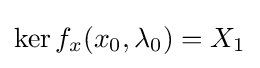
\ker f_{x}(x_{0},\lambda _{0})=X_{1}